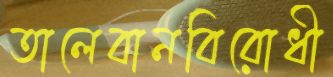
তালেবানবিরোধী